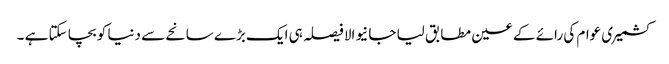
کشمیری عوام کی رائے کے عین مطابق لیا جا نیوالا فیصلہ ہی ایک بڑے سانحے سے دنیا کو بچا سکتا ہے ۔